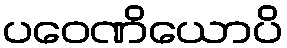
ပဝေဏိယောပိ